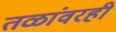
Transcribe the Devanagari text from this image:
तळांवरही